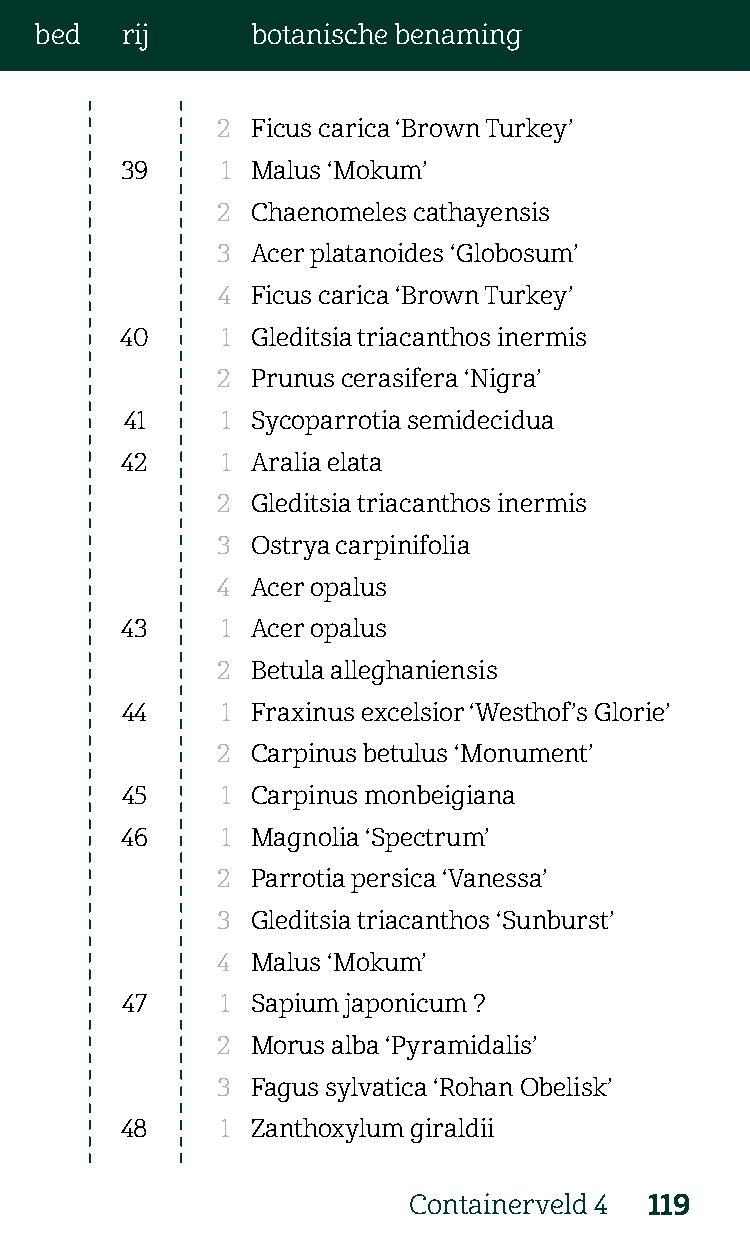
bed   rij      botanische benaming
 2  Ficus carica ‘Brown Turkey’
 39     1 Malus ‘Mokum’
 2  Chaenomeles cathayensis
 3  Acer platanoides ‘Globosum’
 4  Ficus carica ‘Brown Turkey’
 40     1 Gleditsia triacanthos inermis
 2  Prunus cerasifera ‘Nigra’
 41     1 Sycoparrotia semidecidua
 42     1 Aralia elata
 2  Gleditsia triacanthos inermis
 3  Ostrya carpinifolia
 4  Acer opalus
 43     1 Acer opalus
 2  Betula alleghaniensis
 44     1 Fraxinus excelsior ‘Westhof’s Glorie’
 2  Carpinus betulus ‘Monument’
 45     1 Carpinus monbeigiana
 46     1 Magnolia ‘Spectrum’
 2  Parrotia persica ‘Vanessa’
 3  Gleditsia triacanthos ‘Sunburst’
 4  Malus ‘Mokum’
 47     1 Sapium japonicum ?
 2  Morus alba ‘Pyramidalis’
 3  Fagus sylvatica ‘Rohan Obelisk’
 48     1 Zanthoxylum giraldii
 Containerveld 4 119